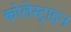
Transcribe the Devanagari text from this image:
कोलेस्ट्राइन